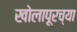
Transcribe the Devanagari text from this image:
खोलापूरच्या